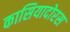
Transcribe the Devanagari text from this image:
कासियादोरस